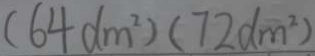
( 6 4 d m ^ { 2 } ) ( 7 2 d m ^ { 2 } )